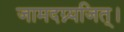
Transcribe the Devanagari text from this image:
जामदग्न्यजित्‌।